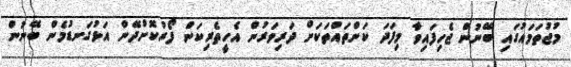
މުޖުތަމައުގައި ބޭނުން ޖެހިފައިވާ މިފަދަ ކަންތައްތަކަށް ދަރިވަރުން އެހީތެރިކަން ފޯރުކޮށްދޭން އަޅުގަނޑުމެން ބޭނުން